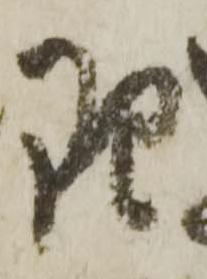
理